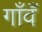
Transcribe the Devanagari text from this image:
गाँवँ